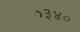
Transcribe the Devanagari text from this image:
०३४०